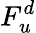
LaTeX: F_{u}^{d}